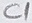
Text: C1